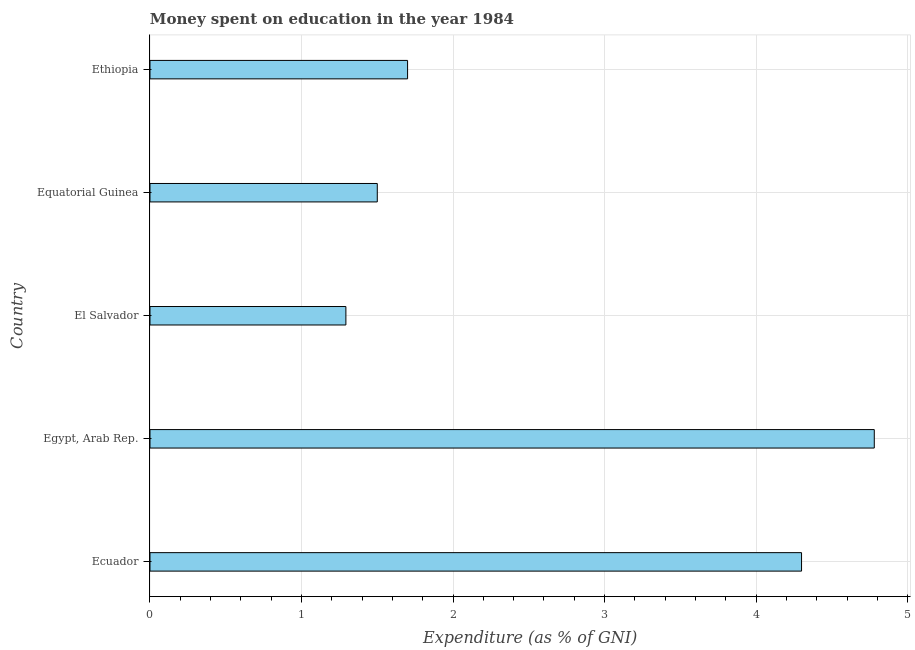
| Country | Education expenditure |
 | --- | --- |
 | Ecuador | 4.3 |
 | Egypt, Arab Rep. | 4.78 |
 | El Salvador | 1.29 |
 | Equatorial Guinea | 1.5 |
 | Ethiopia | 1.7 |